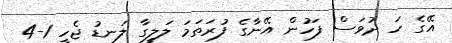
އޭގެ ހަ ދުވަސް ފަހުން އޭނާގެ ފުރަތަމަ ލަލީގާ ލަނޑު ޖެހީ 1-4